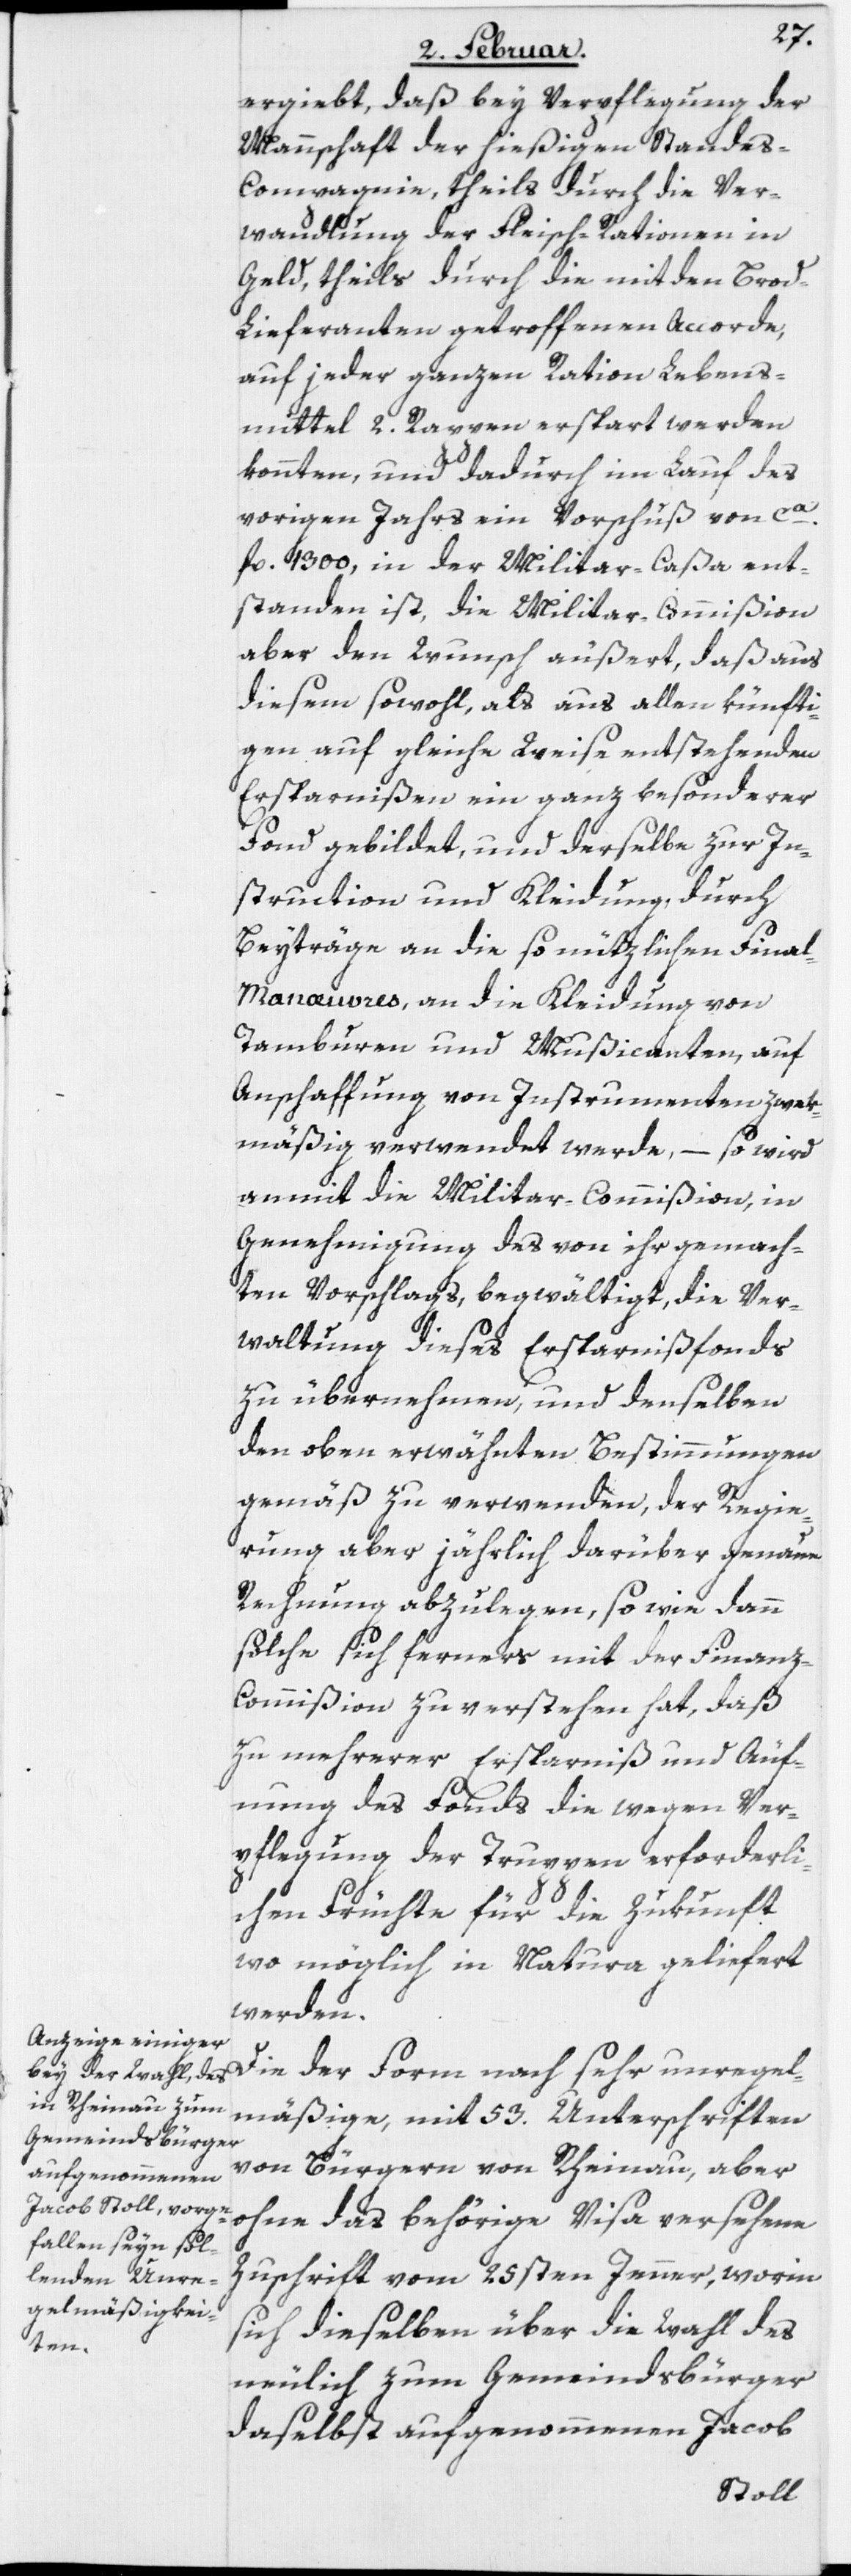
ergiebt, daß bei Verpflegung der
Mannschaft der hießigen Stande¬
s-Compagnie, theils durch die Ver¬
wandlung der Fleisch-Rationen in
Geld, theils durch die mit dem Bro¬
d-Lieferanten getroffenen Accorde,
auf jeder ganzen Ration Lebens¬
mittel 2. Rappen erspart werden
konnten, und dadurch im Lauf des
vorigen Jahrs ein Vorschuß von ca.
fl. 1300, in der Militar-Caßa ent¬
standen ist, die Militar-Commißion
aber den Wunsch äußert, daß aus
diesem sowohl, als aus allen künfti¬
gen auf gleiche Weise entstehenden
Ersparnißen ein ganz besonderer
Fond gebildet, und derselbe zur In¬
struction und Kleidung, durch
Beyträge an die so nützlichen Final-M¬
anœuvres, an die Kleidung von
Tamburen und Mußicanten, auf
Anschaffung von Instrumenten zwek¬
mäßig verwendet werde, – so wird
anmit die Militar-Commißion, in
Genehmigung des von ihr gemach¬
ten Vorschlags, begwältigt, die Ver¬
waltung dieses Ersparnißfonds
zu übernehmen, und denselben
den oben erwähnten Bestimmungen
gemäß zu verwenden, der Regie¬
rung aber jährlich darüber genaue
Rechnung abzulegen, so wie dann
solche sich ferners mit der Finan¬
z-Commißion zu verstehen hat, daß
zu mehrerer Ersparniß und Äuf¬
nung des Fonds die wegen Ver¬
pflegung der Truppen erforderli¬
chen Früchte für die Zukunft
wo möglich in Natura geliefert
werden.
Die der Form nach sehr unregel¬
mäßige, mit 53. Unterschriften
von Bürgern von Rheinau, aber
ohne das behörige Visa versehene
Zuschrift vom 25sten Jenner, worin
sich dieselben über die Wahl des
neulich zum Gemeindsbürger
daselbst aufgenommenen Jacob